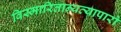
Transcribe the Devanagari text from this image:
विस्मारितान्यव्यापारो